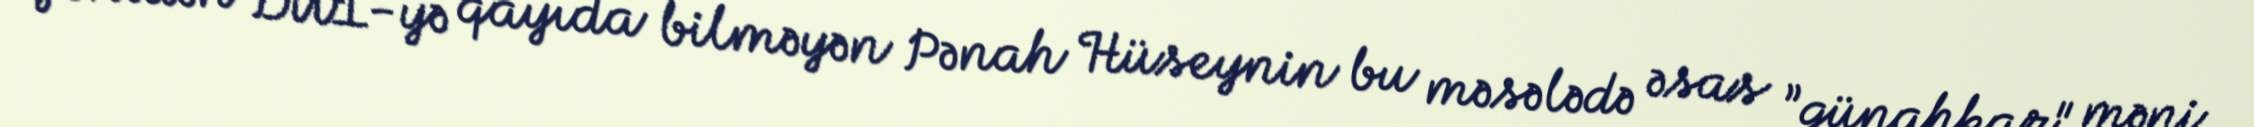
Yenidən DUİ-yə qayıda bilməyən Pənah Hüseynin bu məsələdə əsas ”günahkar" məni